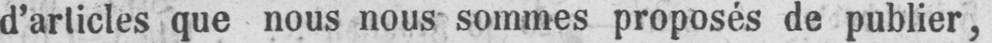
d’articles que nous nous sommes proposés de publier,